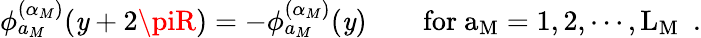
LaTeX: \phi_{a_{M}}^{(\alpha_{M})}(\mathit{y}+2\piR)=-\phi_{a_{M}}^{(\alpha_{M})}(\mathit{y})\qquad\mathrm{{for~a_{M}=1,2,\cdots,L_{M}~}}\ .